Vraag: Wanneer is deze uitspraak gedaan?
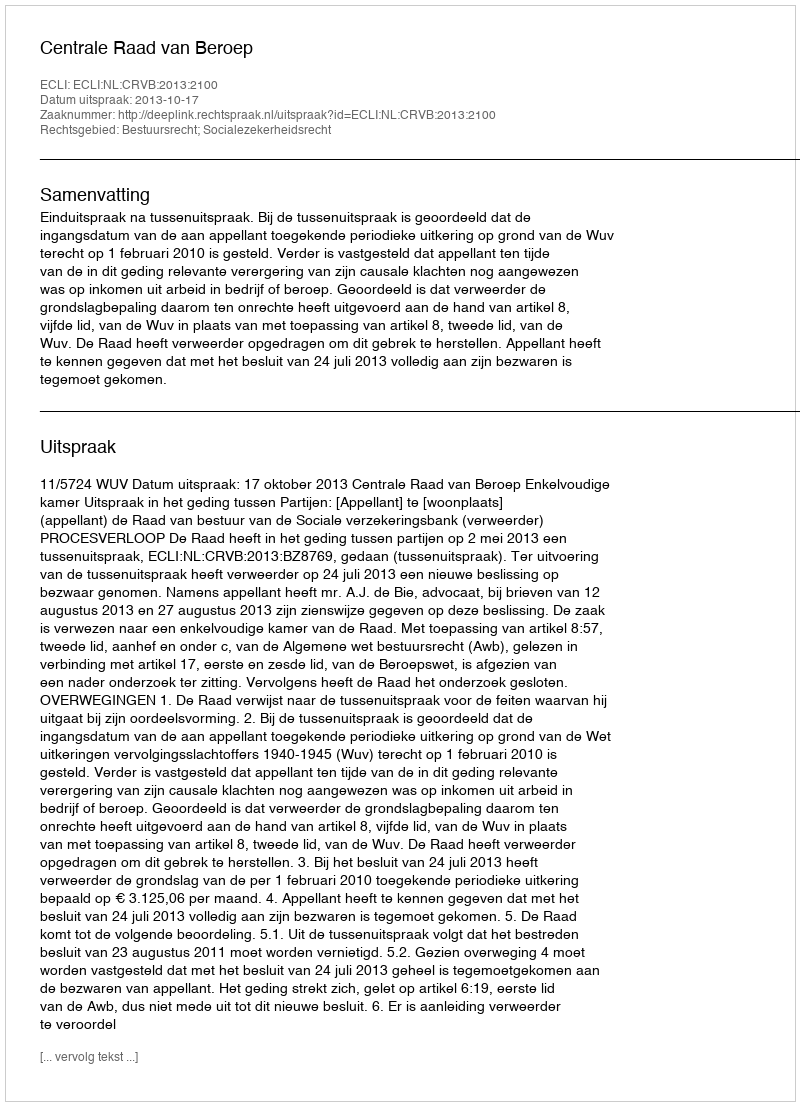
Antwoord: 2013-10-17